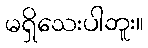
မရှိသေးပါဘူး။